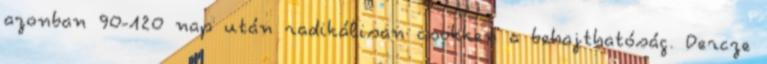
azonban 90-120 nap után radikálisan csökken a behajthatóság. Dercze